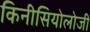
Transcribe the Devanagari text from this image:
किनीसियोलोजी